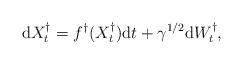
LaTeX: \begin{align*} {\rm d} X_t^\dagger = f^\dagger (X_t^\dagger){\rm d}t + \gamma^{1/2} {\rm d}W^\dagger_t,\end{align*}